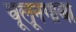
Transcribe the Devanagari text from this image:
वूलूनगाबा